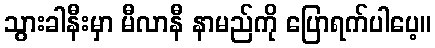
သွားခါနီးမှာ မီလာနီ နာမည်ကို ပြောရက်ပါပေ့။